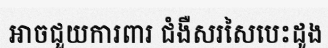
អាចជួយការពារ ជំងឺសរសៃបេះដូង